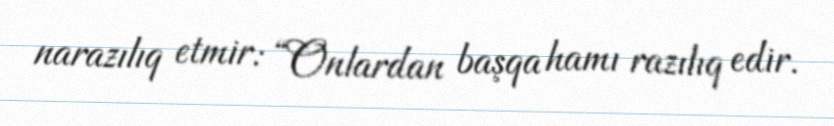
narazılıq etmir: “Onlardan başqa hamı razılıq edir.